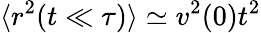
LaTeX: \langle r^{2}(t\ll\tau)\rangle\simeq v^{2}(0)t^{2}